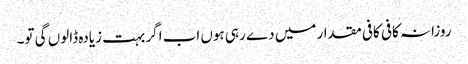
روزانہ کافی کافی مقدار میں دے رہی ہوں اب اگر بہت زیادہ ڈالوں گی تو۔